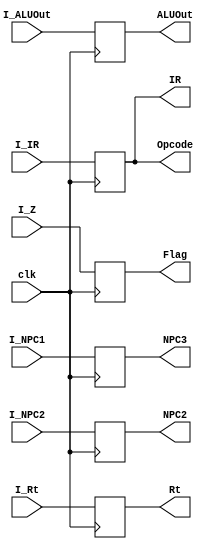
`timescale 1ns / 1ps
//////////////////////////////////////////////////////////////////////////////////
// Company: 
// Engineer: 
// 
// Design Name: 
// Module Name: EX_MA
// Project Name: 
// Target Devices: 
// Tool Versions: 
// Description: 
// 
// Dependencies: 
// 
// Revision:
// Revision 0.01 - File Created
// Additional Comments:
// 
//////////////////////////////////////////////////////////////////////////////////


module EX_MA(clk,I_NPC1,I_NPC2,I_Z,I_ALUOut,I_Rt,I_IR,NPC3,NPC2,Flag,ALUOut,Rt,IR,Opcode);
    input clk;
    input[31:0]I_NPC1;
    input[31:0]I_NPC2;
    input I_Z;
    input[31:0] I_ALUOut;
    input[31:0]I_Rt;
    input[31:0]I_IR;
    output[31:0]Opcode;
    output[31:0] NPC3;
    output[31:0] NPC2;
    output Flag;
    output[31:0] ALUOut;
    output[31:0] Rt;
    output[31:0]IR;
    reg[31:0]  r_NPC3;
    reg [31:0] r_NPC2;
    reg r_Flag;
    reg [31:0] r_ALUOut;
    reg [31:0] r_Rt;
    reg [31:0]r_IR;
    assign NPC3 =r_NPC3;
    assign NPC2 =r_NPC2;
    assign Flag = r_Flag;
    assign ALUOut = r_ALUOut;
    assign Rt = r_Rt;
    assign IR = r_IR;
    assign Opcode = IR[31:0];
    initial begin
        r_IR = 32'b11111111111111111111111111111111;
    end
    always@(posedge clk)
    begin
        r_NPC3 = I_NPC1;
        r_NPC2 = I_NPC2;
        r_Flag = I_Z;
        r_ALUOut = I_ALUOut;
        r_Rt = I_Rt;
        r_IR = I_IR;
    end
endmodule